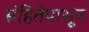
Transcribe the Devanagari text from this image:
संहितेपासून